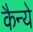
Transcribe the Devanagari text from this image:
कैन्ये